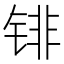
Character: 𰾐